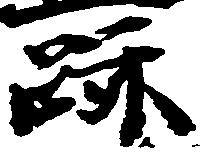
跡